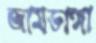
জামডাঙ্গা